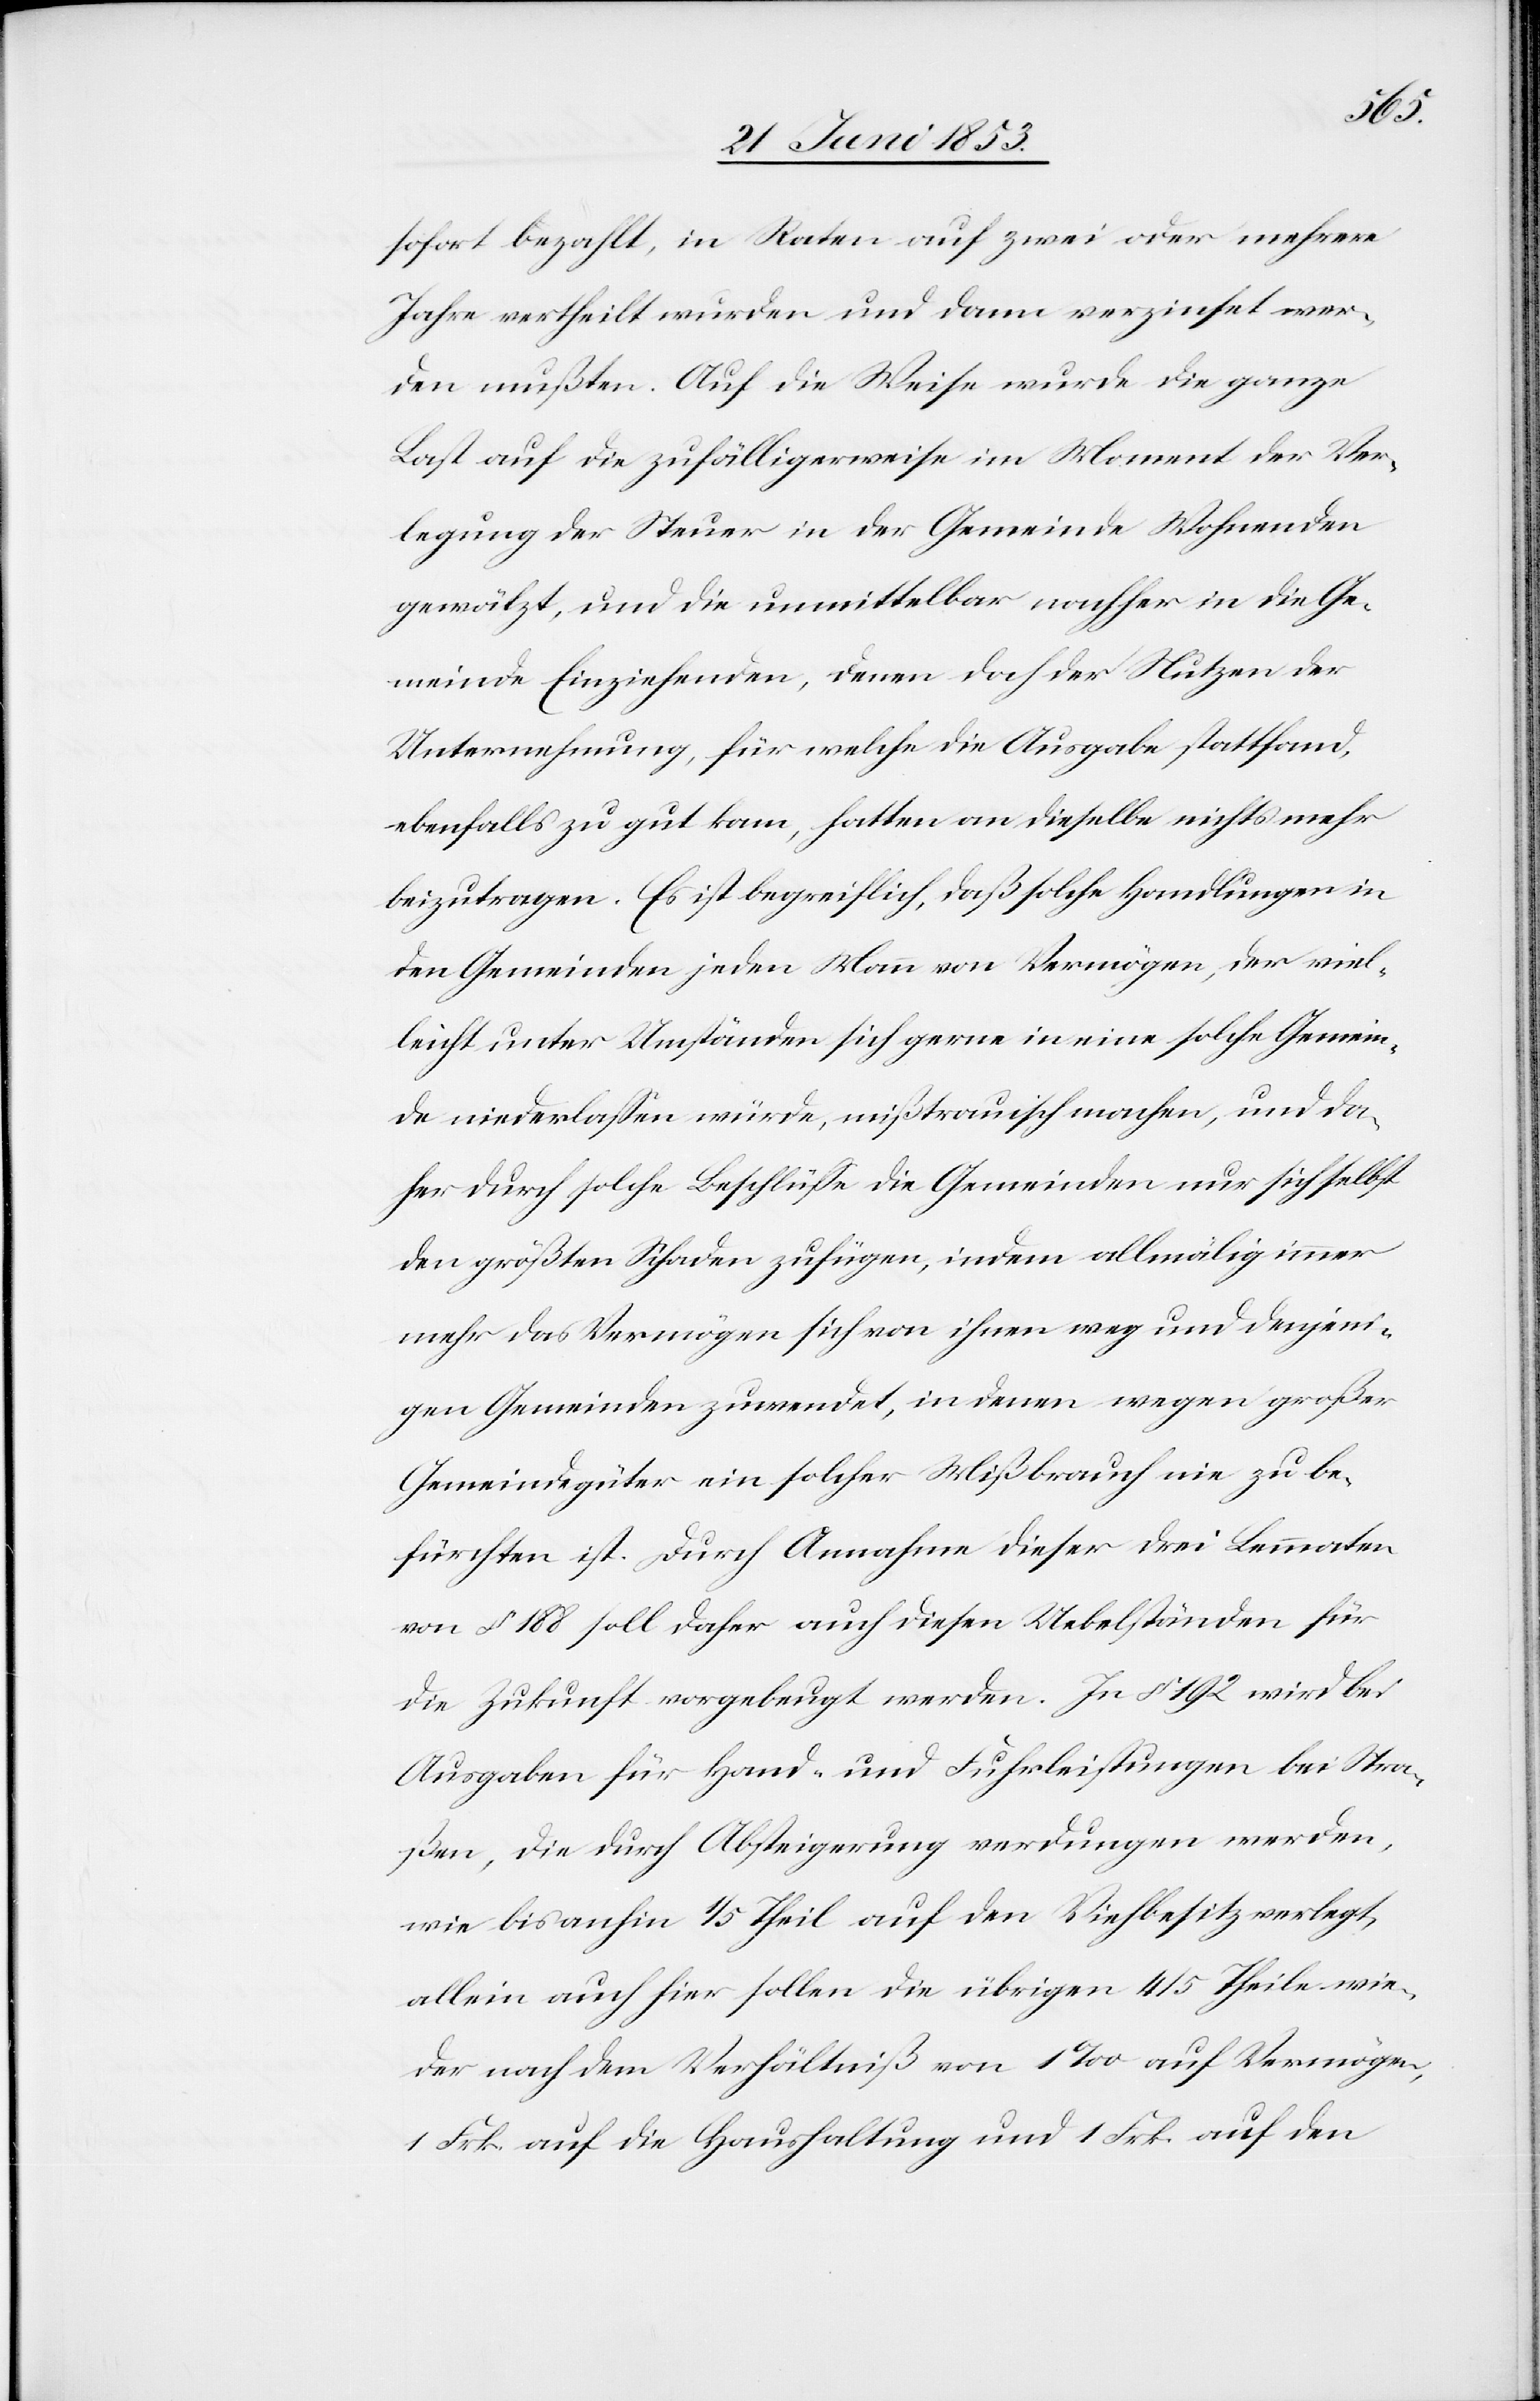
sofort bezahlt, in Raten auf zwei oder mehrere
Jahre vertheilt wurden und dann verzinset wer¬
den mußten. Auf die Weise wurde die ganze
Last auf die zufälligerweise im Moment der Ver¬
legung der Steuer in der Gemeinde Wohnenden
gewälzt, und die unmittelbar nachher in die Ge¬
meinde Einziehenden, denen doch der Nutzen der
Unternehmung, für welche die Ausgabe, stattfand,
ebenfalls zu gut kam, hatten an dieselbe nichts mehr
beizutragen. Es ist begreiflich, daß solche Handlungen in
den Gemeinden jeden Mann von Vermögen, der viel¬
leicht unter Umständen sich gerne in eine solche Gemein¬
de niederlaßen würde, mißtrauisch machen, und da¬
her durch solche Beschlüße die Gemeinden nur sich selbst
den größten Schaden zufügen, indem allmälig immer
mehr das Vermögen sich von ihnen weg und denjeni¬
gen Gemeinden zuwendet, in denen wegen großer
Gemeindgüter ein solcher Mißbrauch nie zu be¬
fürchten ist. Durch Annahme dieser drei Lemmaten
von § 188 soll daher auch diesen Uebelständen für
die Zukunft vorgebeugt werden. In § 192 wird bei
Ausgaben für Hand- und Fuhrleistungen bei Stra¬
ßen, die durch Absteigerung verdungen werden,
wie bisanhin 1/5 Theil auf den Viehbesitz verlegt,
allein auch hier sollen die übrigen 4/5 Theile wie¬
der nach dem Verhältniß von 1 ‰ auf Vermögen,
1 Frk. auf die Haushaltung und 1 Frk. auf den